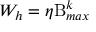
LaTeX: W _ { h } = \eta \mathrm { B } _ { m a x } ^ { k }